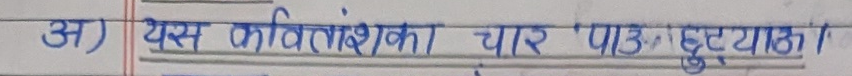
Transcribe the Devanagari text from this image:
अ) यस कवितांशका चार ‘पाठ’ छुट्याऊ।